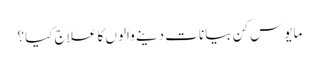
مایوس کن بیانات دینے والوں کا علاج کیا؟